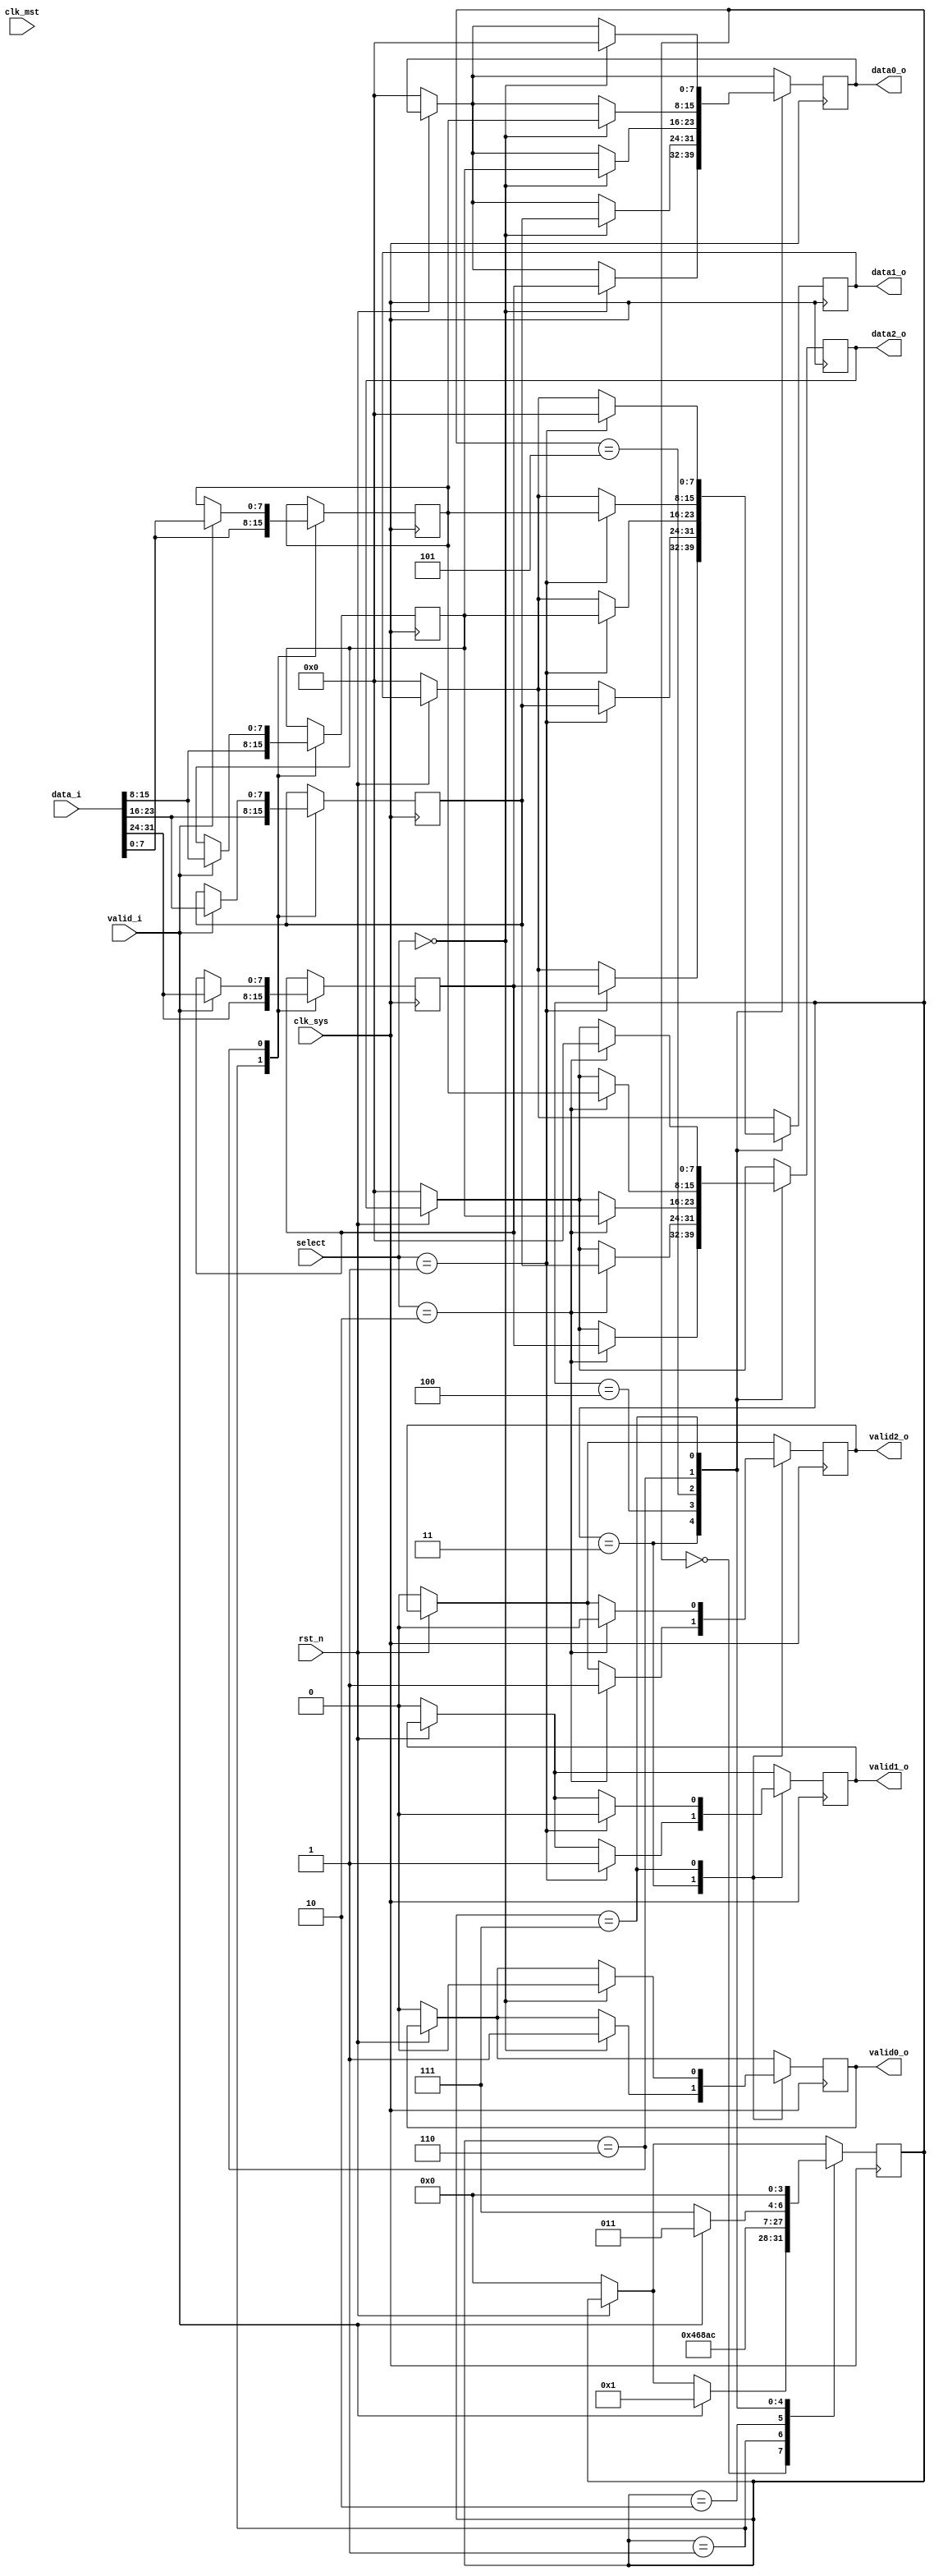
`timescale 1ns / 1ps
//////////////////////////////////////////////////////////////////////////////////
// Company: 
// Engineer: 
// 
// Design Name: 
// Module Name:    demux 
// Project Name: 
// Target Devices: 
// Tool versions: 
// Description: 
//
// Dependencies: 
//
// Revision: 
// Revision 0.01 - File Created
// Additional Comments: 
//
//////////////////////////////////////////////////////////////////////////////////

module demux #(
		parameter MST_DWIDTH = 32,
		parameter SYS_DWIDTH = 8
	)(
		// Clock and reset interface
		input clk_sys,
		input clk_mst,
		input rst_n,
		
		//Select interface
		input[1:0] select,
		
		// Input interface
		input [MST_DWIDTH -1  : 0]	 data_i,
		input 						 	 valid_i,
		
		//output interfaces
		output reg [SYS_DWIDTH - 1 : 0] 	data0_o,
		output reg     						valid0_o,
		
		output reg [SYS_DWIDTH - 1 : 0] 	data1_o,
		output reg     						valid1_o,
		
		output reg [SYS_DWIDTH - 1 : 0] 	data2_o,
		output reg     						valid2_o
    );
	
	
	// TODO: Implement DEMUX logic
	
	reg [3:0] state = 0;
	
	reg [SYS_DWIDTH - 1 : 0] 	dataPart1;
	reg [SYS_DWIDTH - 1 : 0] 	dataPart2;
	reg [SYS_DWIDTH - 1 : 0] 	dataPart3;
	reg [SYS_DWIDTH - 1 : 0] 	dataPart4;
	// folosite pentru a imparti data_i in 4
	
	always @(posedge clk_sys) begin
		if(!rst_n) begin
			state <= 0;
			
			data0_o <= 0;
			data1_o <= 0;
			data2_o <= 0;
			
			valid0_o <= 0;
			valid1_o <= 0;
			valid2_o <= 0;
			
			// eventual si dataParts <= 0
		end
		
		case(state)
			'd0: begin
				if(valid_i) 
				// daca primim date, intram in ciclul de stari
					state <= 1;
			end
			
			'd1: begin
			// spargem chunk-ul de date in 4
			
				dataPart1 <= data_i[MST_DWIDTH-1 : MST_DWIDTH-SYS_DWIDTH];
				dataPart2 <= data_i[MST_DWIDTH-SYS_DWIDTH-1 : MST_DWIDTH-2*SYS_DWIDTH];
				dataPart3 <= data_i[MST_DWIDTH-2*SYS_DWIDTH-1 : MST_DWIDTH-3*SYS_DWIDTH];
				dataPart4 <= data_i[MST_DWIDTH-3*SYS_DWIDTH-1 : MST_DWIDTH-4*SYS_DWIDTH];
				state <= 2;
			end
			
			'd2: begin
			// mai asteptam in ciclu de ceas
			
				state <= 3;
			end
			
			'd3: begin
			// incepem afisarea deodata cu urmatorul ciclu de ceas
			
				state <= 4;
				case(select)
					'd0: begin
						valid0_o <= 1;
						data0_o <= dataPart1;
					end
					
					'd1: begin
						valid1_o <= 1;
						data1_o <= dataPart1;
					end
					
					'd2: begin
						valid2_o <= 1;
						data2_o <= dataPart1;
					end
				endcase
			end
			
			'd4: begin
			// continuam afisarea 
			
				state <= 5;
				case(select)
					'd0: begin
						data0_o <= dataPart2;
					end
					
					'd1: begin
						data1_o <= dataPart2;
					end
					
					'd2: begin
						data2_o <= dataPart2;
					end
				endcase
			end
			
			'd5: begin
			// continuam afisarea (a 3-a parte din datele de intrare)
			
				state <= 6;
				case(select)
					'd0: begin
						data0_o <= dataPart3;
					end
					
					'd1: begin
						data1_o <= dataPart3;
					end
					
					'd2: begin
						data2_o <= dataPart3;
					end
				endcase
			end
			
			'd6: begin
			// afisam ultima parte din datele primite
			
				case(select)
					'd0: begin
						data0_o <= dataPart4;
					end
					
					'd1: begin
						data1_o <= dataPart4;
					end
					
					'd2: begin
						data2_o <= dataPart4;
					end
				endcase
				
				if(valid_i) begin
				// daca intre timp am primit alte date, ne intoarcem in starea in care incepem afisarea lor
				
					dataPart1 <= data_i[MST_DWIDTH-1 : MST_DWIDTH-SYS_DWIDTH];
					dataPart2 <= data_i[MST_DWIDTH-SYS_DWIDTH-1 : MST_DWIDTH-2*SYS_DWIDTH];
					dataPart3 <= data_i[MST_DWIDTH-2*SYS_DWIDTH-1 : MST_DWIDTH-3*SYS_DWIDTH];
					dataPart4 <= data_i[MST_DWIDTH-3*SYS_DWIDTH-1 : MST_DWIDTH-4*SYS_DWIDTH];
					state <= 3;
				end
				else begin
				// nu am primit alte date de intrare
				
					state <= 7;
				end
				
			end
			
			'd7: begin
			// stopam orice afisare
			
				state <= 0;
				case(select)
					'd0: begin
						valid0_o <= 0;
						data0_o <= 0;
					end
					
					'd1: begin
						valid1_o <= 0;
						data1_o <= 0;
					end
					
					'd2: begin
						valid2_o <= 0;
						data2_o <= 0;
					end
				endcase
				
				
				
			end
			
			
		endcase
		
	end
	
	

endmodule